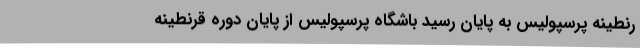
رنطینه پرسپولیس به پایان رسید باشگاه پرسپولیس از پایان دوره قرنطینه